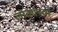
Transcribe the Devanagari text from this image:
लोकांच्‍या